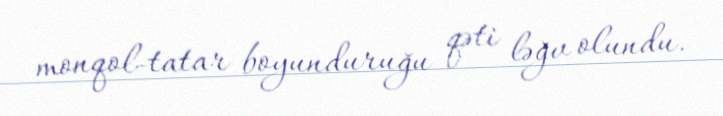
monqol-tatar boyunduruğu qəti ləğv olundu.